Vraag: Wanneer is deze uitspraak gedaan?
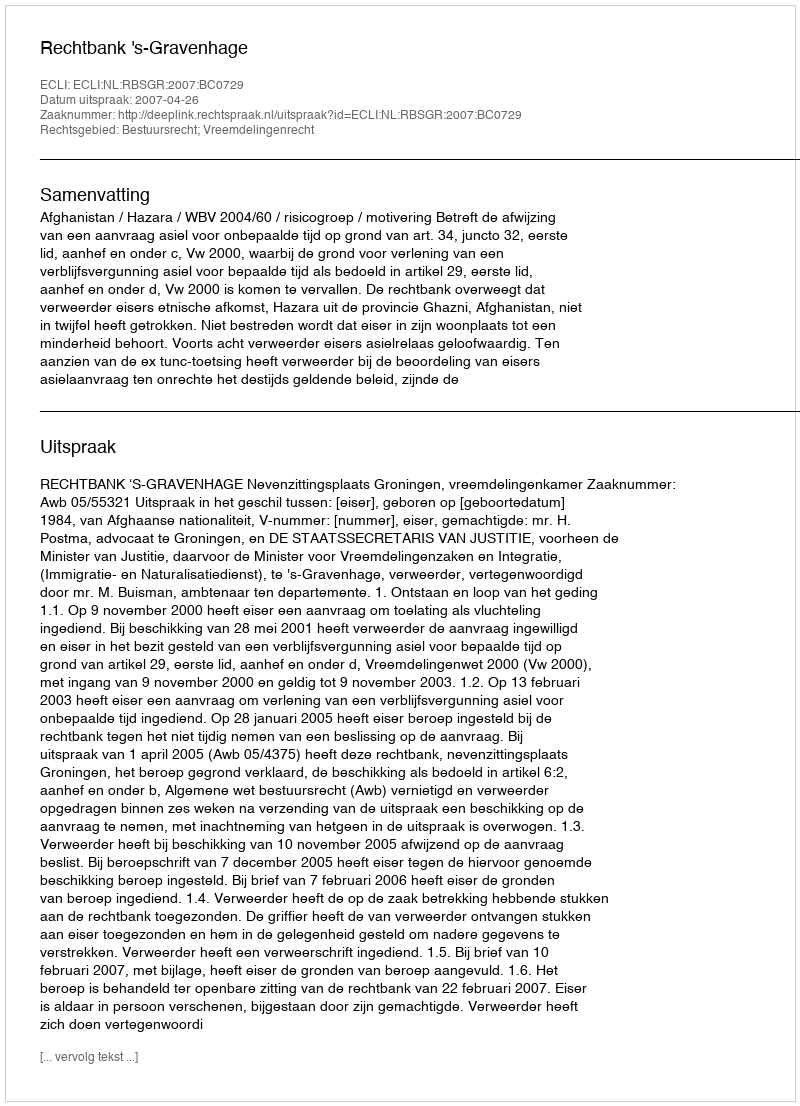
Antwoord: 2007-04-26